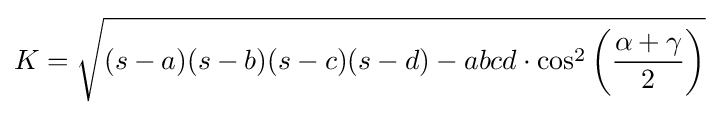
K={\sqrt {(s-a)(s-b)(s-c)(s-d)-abcd\cdot \cos ^{2}\left({\frac {\alpha +\gamma }{2}}\right)}}